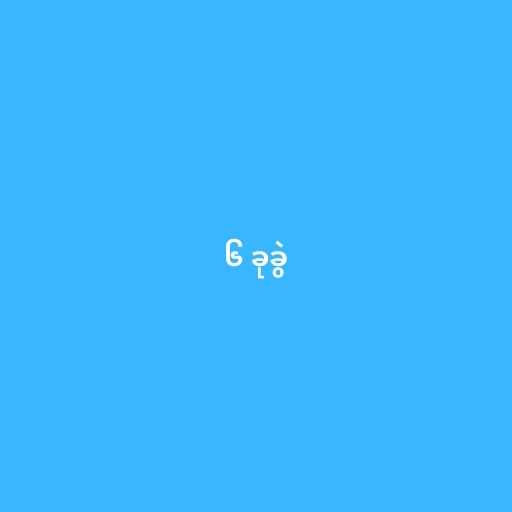
၆ ခုခွဲ